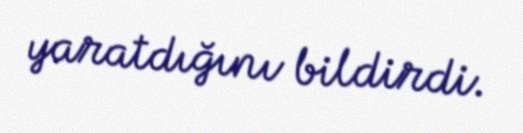
yaratdığını bildirdi.